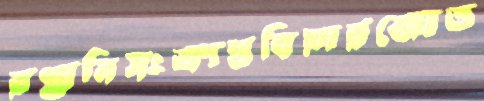
রপ্তানিসংক্রান্তবিয়ারজোত